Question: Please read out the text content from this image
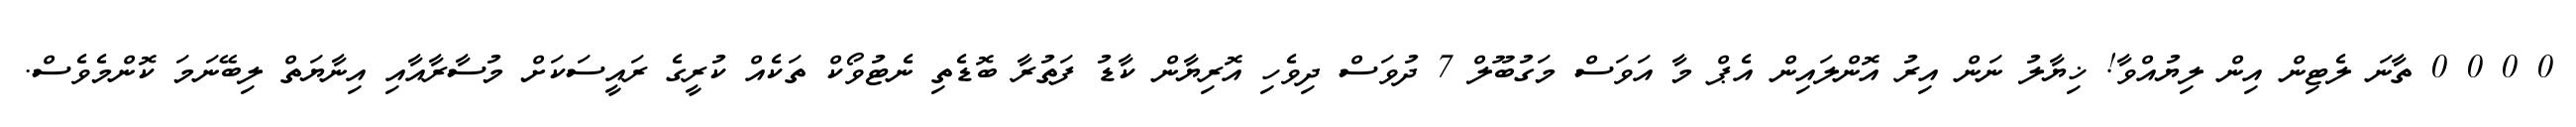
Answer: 0 0 0 0 ތާނަ ލެޓިން އިން ލިޔުއްވާ! ޚިޔާލު ނަން އިރު އޮންލައިން އެޕް މާ އަވަސް މަގުބޫލް 7 ދުވަސް ދިވެހި އޮރިޔާން ކާޑު ފަތުރާ ބޮޑެތި ނެޓުވޯކް ތަކެއް ކުރީގެ ރައީސަކަށް މުސާރާއާއި އިނާޔަތް ލިބޭނަމަ ކޮންމެވެސް.